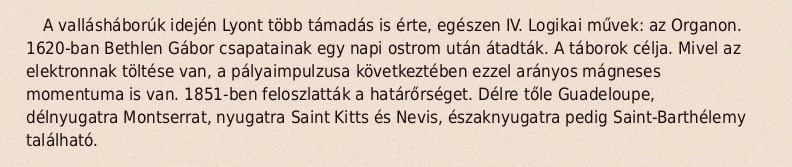
A vallásháborúk idején Lyont több támadás is érte, egészen IV. Logikai művek: az Organon. 1620-ban Bethlen Gábor csapatainak egy napi ostrom után átadták. A táborok célja. Mivel az elektronnak töltése van, a pályaimpulzusa következtében ezzel arányos mágneses momentuma is van. 1851-ben feloszlatták a határőrséget. Délre tőle Guadeloupe, délnyugatra Montserrat, nyugatra Saint Kitts és Nevis, északnyugatra pedig Saint-Barthélemy található.